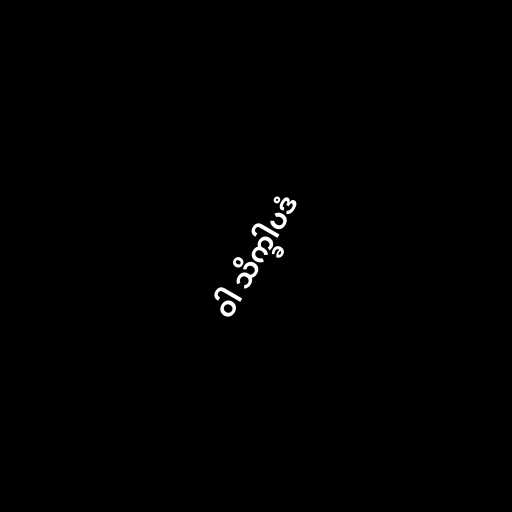
ဝါ သိက္ခါပဒံ